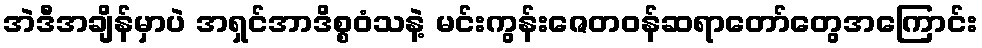
အဲဒီအချိန်မှာပဲ အရှင်အာဒိစ္စဝံသနဲ့ မင်းကွန်းဇေတဝန်ဆရာတော်တွေအကြောင်း